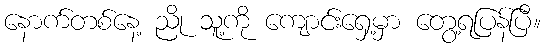
နောက်တစ်နေ့ ညို သူ့ကို ကျောင်းရှေ့မှာ တွေ့ရပြန်ပြီ။